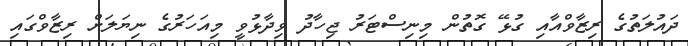
ދައުލަތުގެ ރިޒާވްއާއި ގުޅޭ ގޮތުން މިނިސްޓަރު ޖިހާދު ވިދާޅުވީ މިއަހަރުގެ ނިޔަލަށް ރިޒާވްގައި